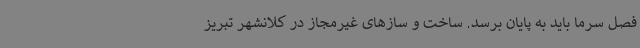
فصل سرما باید به پایان برسد. ساخت و سازهای غیرمجاز در کلانشهر تبریز